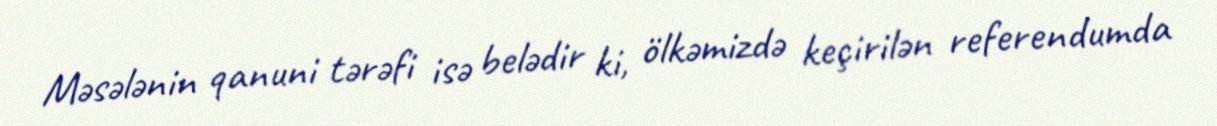
Məsələnin qanuni tərəfi isə belədir ki, ölkəmizdə keçirilən referendumda